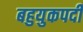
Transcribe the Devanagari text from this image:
बहुयुकपदी